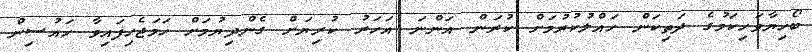
ބޯހިޔާވަހިކަމުގެ ދަތިކަން ހައްލުކުރުމަށް ކުރަން އަންނަ އަހަރު ކުރިޔަށް ގެންދިޔުމަށް ހަމަޖެހިފައިވާ ހައުސިން